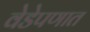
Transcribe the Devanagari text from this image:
वेडेपणात